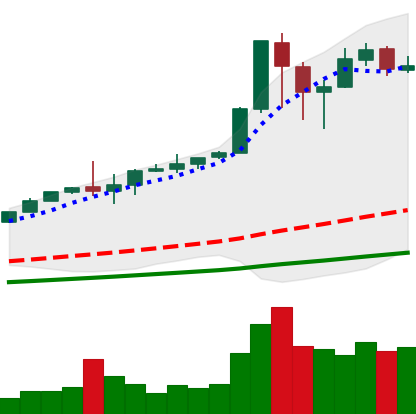
Ticker: BTC-USD
Chart end date: 2017-12-14
Forward return: 7.321%
Label: up_7plus